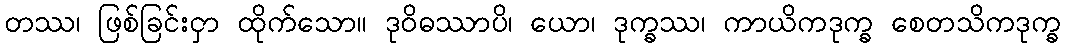
တဿ၊ ဖြစ်ခြင်းငှာ ထိုက်သော။ ဒုဝိဓဿာပိ၊ ယော၊ ဒုက္ခဿ၊ ကာယိကဒုက္ခ စေတသိကဒုက္ခ